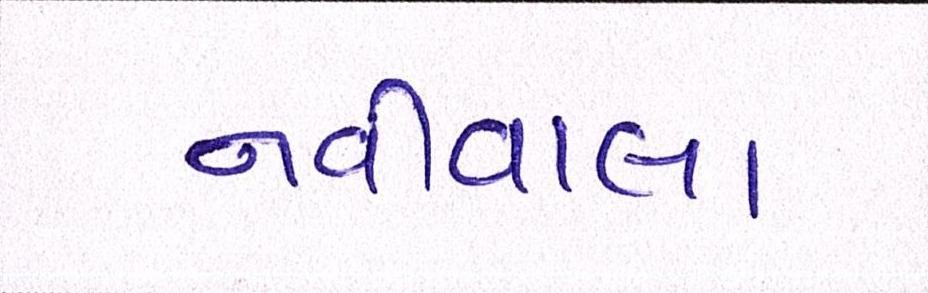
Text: નવીવાલા